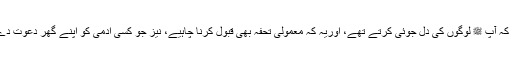
اس حدیث میں نبی ﷺ کے حسن خلق، آپ کی تواضع و خاکساری اور اس بات کی دلیل ہے کہ آپ ﷺ لوگوں کی دل جوئی کرتے تھے، اوریہ کہ معمولی تحفہ بھی قبول کرنا چاہیے، نیز جو کسی آدمی کو اپنے گھر دعوت دے اسے قبول کرنا چاہیےاگرچہ یہ معلوم ہو کہ وہ معمولی چیز کے لیےدعوت دے رہا ہے۔